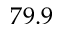
7 9 . 9